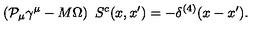
\left( { \cal P } _ { \mu } \gamma ^ { \mu } - M \Omega \right) \ S ^ { c } ( x , x ^ { \prime } ) = - \delta ^ { ( 4 ) } ( x - x ^ { \prime } ) .